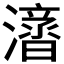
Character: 𱩝